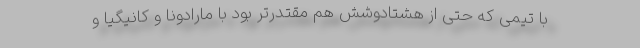
با تیمی که حتی از هشتادوشش هم مقتدرتر بود با مارادونا و کانیگیا و